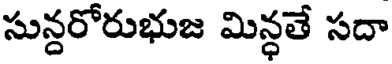
సున్దరోరుభుజ మిన్ధతే సదా